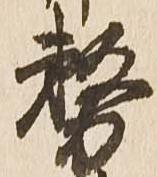
務